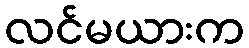
လင်မယားက